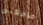
مامعنى